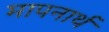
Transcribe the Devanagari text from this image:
मापनार्थ